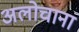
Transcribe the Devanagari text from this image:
अलोचाना